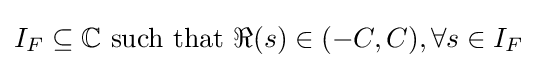
I_{F}\subseteq \mathbb {C} \ {\text{such that}}\ \Re (s)\in (-C,C),\forall s\in I_{F}